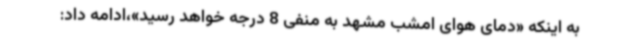
به اینکه «دمای هوای امشب مشهد به منفی 8 درجه خواهد رسید»،ادامه داد: